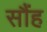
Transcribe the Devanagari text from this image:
सौंह